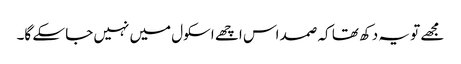
مجھے تو یہ دکھ تھا کہ صمد اس اچھے اسکول میں نہیں جا سکے گا۔